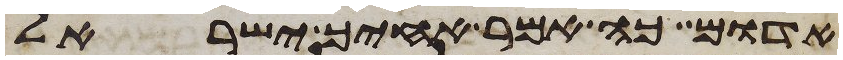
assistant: אדום כה אמר אחיך ישראל